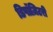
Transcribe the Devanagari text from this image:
डिपॉज़िटरी